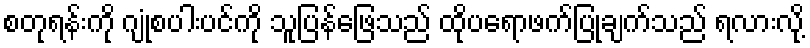
စတုရန်းကို ဂျုံစပါးပင်ကို သူပြန်ဖြေသည် ထိုပရောဖက်ပြုချက်သည် ရလားလို့